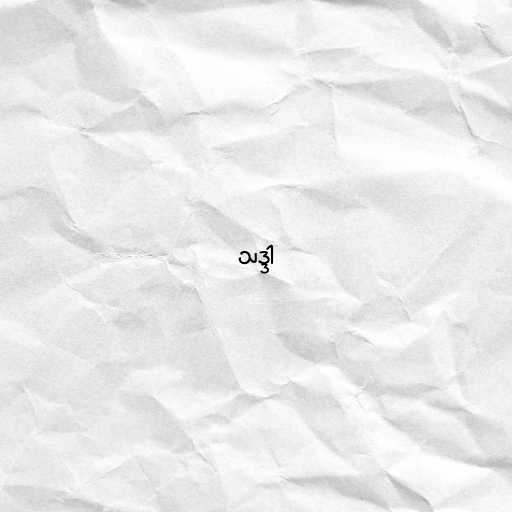
သဒ္ဒါ